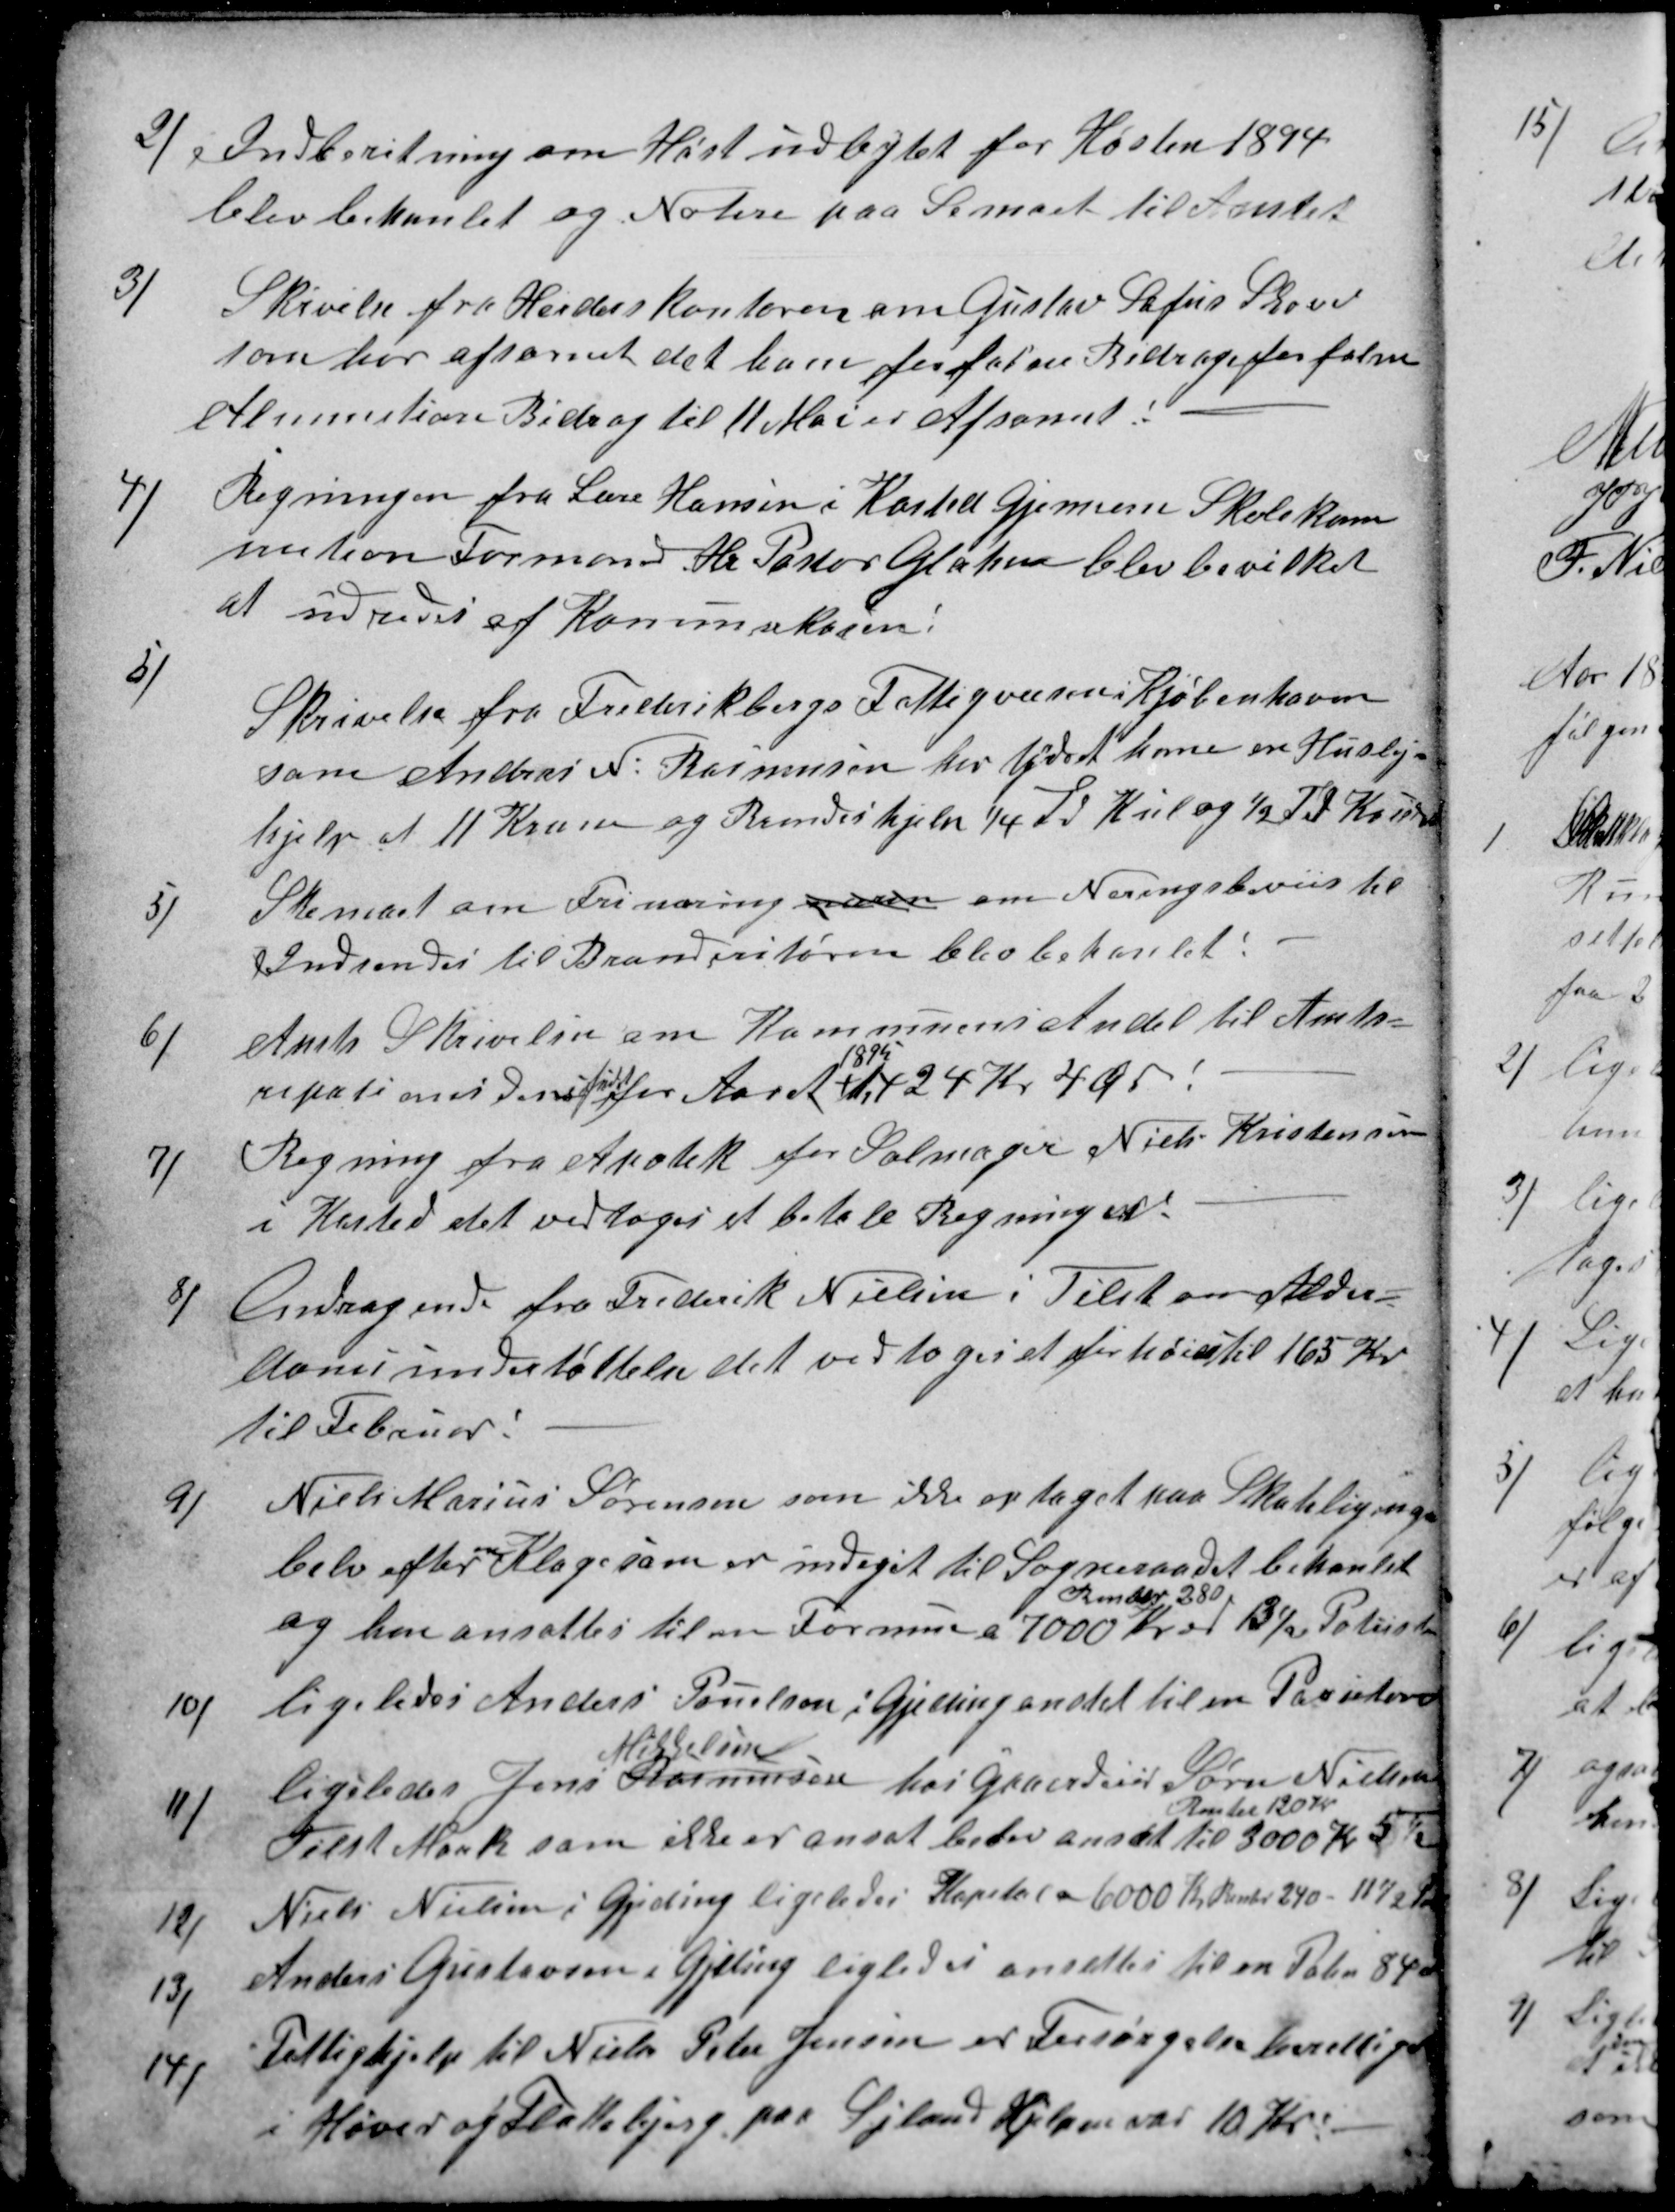
Transskription:
2) Indberetning om Høstudbytet for Høsten 1894
blev behanlet og Notere paa Semaet til Amtet
3)
Skivelse fra Herderskontoren om Gustav Sofus Skove
som har afsonet det ham forfalne Bidrag forfalne
Alimenstions Bidrag til 11 Mai er Afsonet.
4)
Regningen fra Lære Hansen i Kasted Gjemem Skolekom
mition Formand Hr Pastor Glahn blev bevilket
at udredes af Komunekassen:
5)
Skrivelse fra Frederikbergs Fattigvæsen i Kjøbenhavn
som Andreas N. Rasmussen har ydet ham en Huslej-
hjelp af 11 Kroner og Brendeshjelp ¼ Td Kul og ½ Td Kokse
5)
Skemaet om Frinæring meden om Neringsbeviis til
Indsendes til Brandintøren blev behanlet:
6)
Amts Skrivelse om Kommunens Andel til Amts-
repationesdens
fondt
for Aaret 
1895
24 Kr 4 Ør!
7)
Regning fra Apotek for Salmager Niels Kristensen
i Kasted det vedtoges at betale Regningen
8)
Andragende fra Frederik Nielsen i Tilst om Alder-
domsunderstøttelse der vedtoges at forhøie til 165 Kr
til Februar.
9)
Niels Marius Sørensen som ikke optaget paa Skateligningen
belv efter
en
Klage som er indgaaet til Sogneraadet behanlet
og han ansattes til en Formue a 7000 kr
Render 280
er 13½ Potion
10)
ligeledes Anders Poulsen i Gjeding anstet til en Prositon
11)
ligeledes Jens Rasmussen
Mikkelsen
hos Gaardeier Søren Nielsen
Tilst Mark som ikke er ansat belev ansat til 3000 Kr
Renter 120 Kr
5½
12)
Niels Nielsen i Gjeding ligeledes Kapital a 6000 Kr. Renter 240 - 11½ Por.
13)
Anders Gustavsen i Gjeding ligledes ansettes til en Potin 84 ø
14)
Fattighjælp til Niels Peter Jensen er Forsørgelsesberettiget
i Høver og Flattebjerg paa Sjland Hjelpen var 10 Kr.